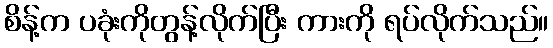
စိန့်က ပခုံးကိုတွန့်လိုက်ပြီး ကားကို ရပ်လိုက်သည်။